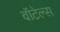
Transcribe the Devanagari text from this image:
वॉटेल्स